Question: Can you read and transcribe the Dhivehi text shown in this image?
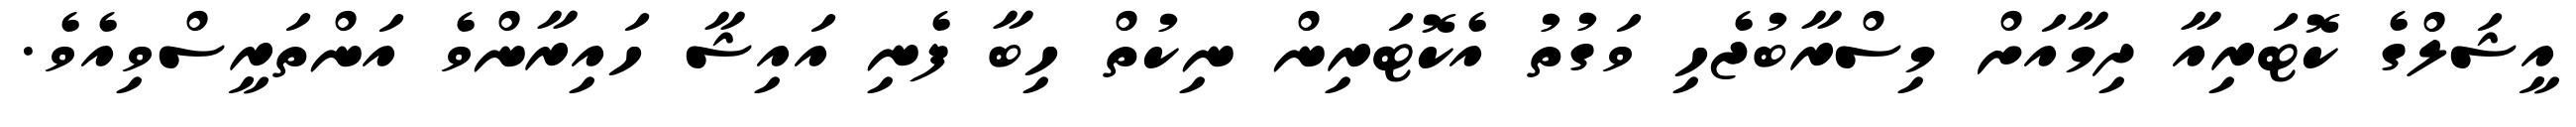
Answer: އީޝަލްގެ ކޮޓަރިއާ ދިމާއަށް މިސްރާބުޖެހި ވަގުތު އެކޮޓަރިން ނިކުތް ހިބާ ފެނި އައިޝާ ހައިރާންވެ އަންތަރީސްވިއެވެ.